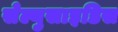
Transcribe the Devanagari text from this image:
सेल्युसाइडिस